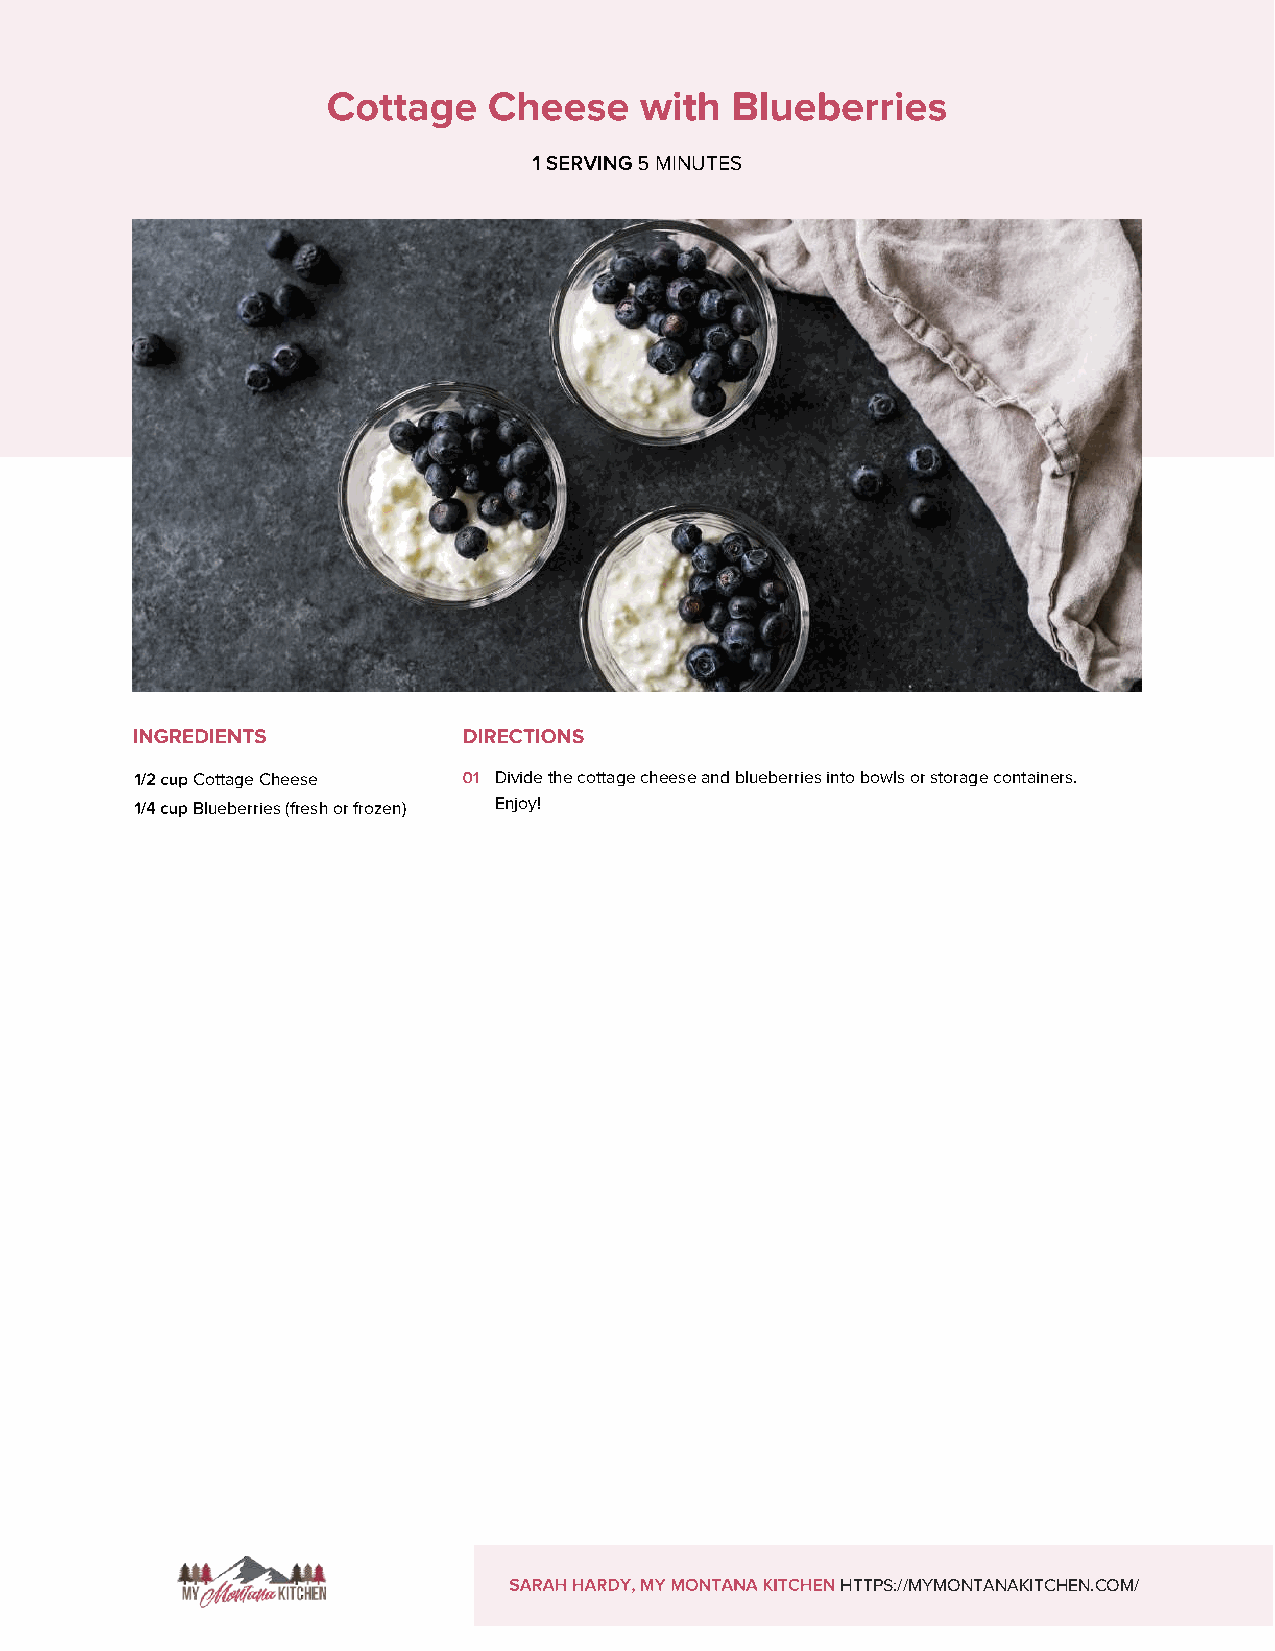
5 MINUTES
 Cottage Cheese      Divide the cottage cheese and blueberries into bowls or storage containers.
 Blueberries (fresh or frozen) Enjoy!
 HTTPS://MYMONTANAKITCHEN.COM/